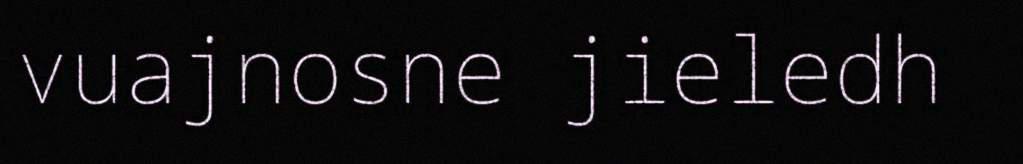
vuajnosne jieledh